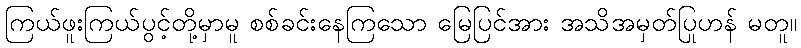
ကြယ်ဖူးကြယ်ပွင့်တို့မှာမူ စစ်ခင်းနေကြသော မြေပြင်အား အသိအမှတ်ပြုဟန် မတူ။